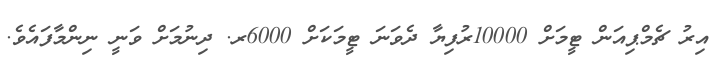
އިރު ޗެމްޕިއަން ޓީމަށް 10000ރުފިޔާ ދެވަނަ ޓީމަކަށް 6000ރ. ދިނުމަށް ވަނީ ނިންމާފައެވެ.